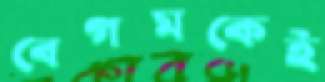
বেগমকেই